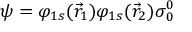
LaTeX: { \boldsymbol { \psi } } = \varphi _ { 1 s } ( { \vec { r } } _ { 1 } ) \varphi _ { 1 s } ( { \vec { r } } _ { 2 } ) { \boldsymbol { \sigma } } _ { 0 } ^ { 0 }